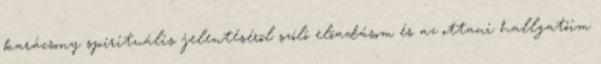
karácsony spirituális jelentésérõl szóló elõadásom és az ottani hallgatóim